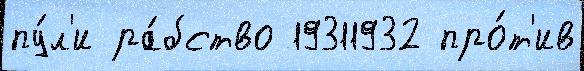
пу́л'и ра́бство 19311932 про́т'ив